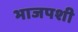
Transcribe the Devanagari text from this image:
भाजपशी